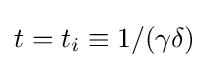
t=t_{i}\equiv 1/(\gamma \delta )